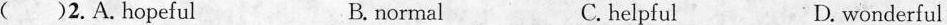
( )2.A.Hopeful B.normal C.helpful D. wonderful